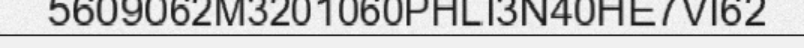
5609062M3201060PHLI3N40HE7VI62